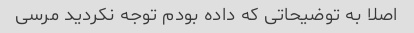
اصلا به توضیحاتی که داده بودم توجه نکردید مرسی